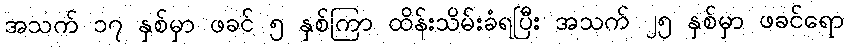
အသက် ၁၇ နှစ်မှာ ဖခင် ၅ နှစ်ကြာ ထိန်းသိမ်းခံရပြီး အသက် ၂၅ နှစ်မှာ ဖခင်ရော